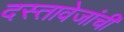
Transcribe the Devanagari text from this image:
दस्तावेजांची